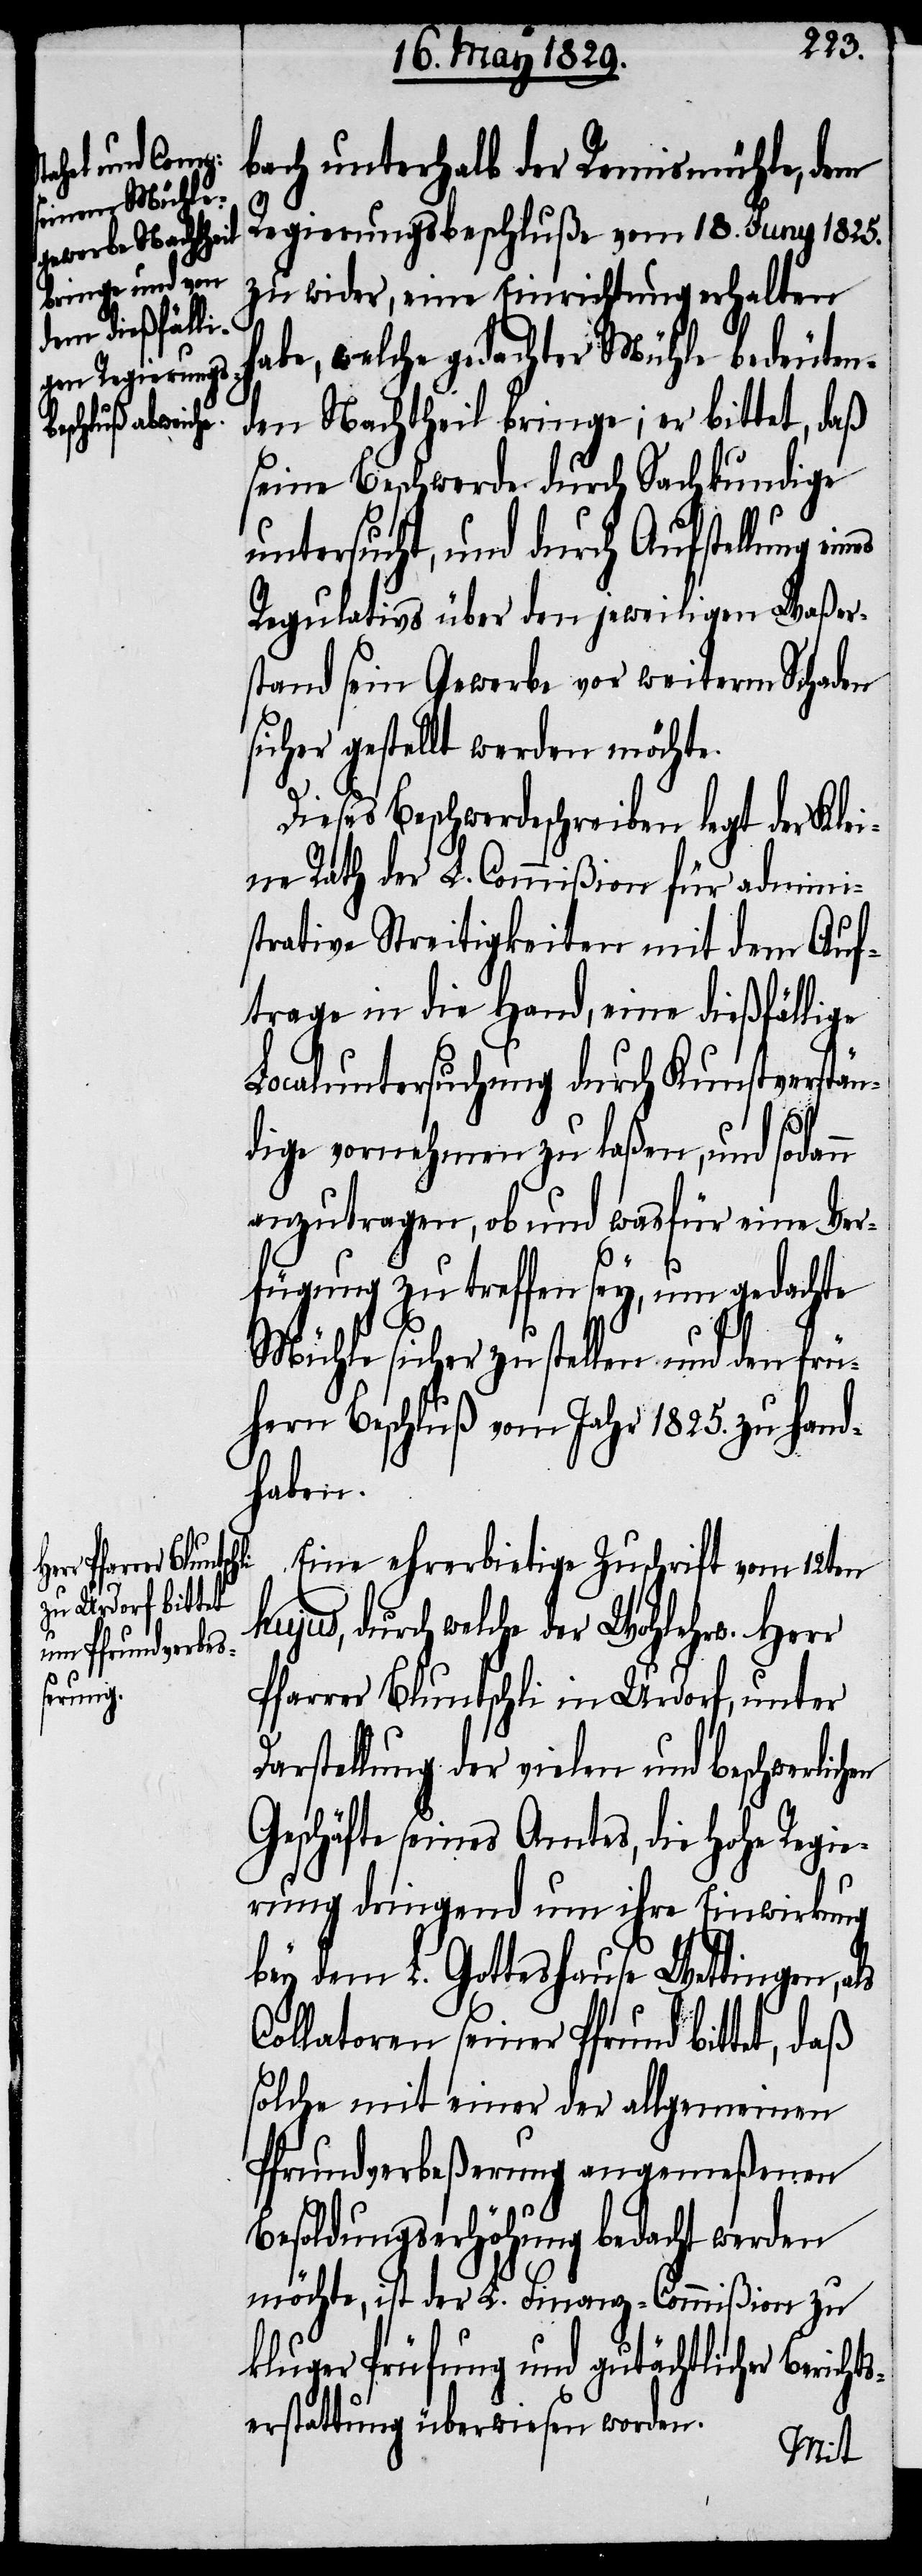
bach unterhalb der Remismühle, dem
Regierungsbeschluß vom 18. Juny 1825.
en
zu wider, eine Einrichtung erhalten
habe, welche gedachter Mühle bedeuten¬
den Nachtheil bringe; er bitte, daß
seine Beschwerde durch Sachkundige
untersucht, und durch Aufstellung
Regulativs über den jeweiligen Waßer¬
stand sein Gewerbe vor weiterm Schaden
sicher gestellt werden möchte.
Dieses Beschwerdeschreiben legt der Klei¬
ne Rath der L. Commißion für admini¬
strative Streitigkeiten mit dem Auf¬
trage in die Hand, eine dießfällige
Localuntersuchung durch Kunstverstän¬
dige vornehmen zu laßen, und sodan¬
anzutragen, ob und wasfür eine Ver¬
fügung zu treffen sey, um gedachte
Mühle sicher zu stellen und den frü¬
hern Beschluß vom Jahr 1825. zu hand¬
haben.
Eine ehrerbietige Zuschrift vom 12ten
hujus, durch welche der Wohlerw. Herr
Pfarrer Bluntschli in Urdorf, unter
Darstellung der vielen und beschwerlich¬
Geschäfte seines Amtes, die Hohe Regie¬
rung dringend um ihre Einwirkung
bey dem L Gotteshause Wettingen, als
Collatoren seiner Pfrund bittet, daß
solche mit einer der allgemeinen
Pfrundverbeßerung angemeßenen
Besoldungserhöhung bedacht werden
möchte, ist der L. Finanz-Commißion zu
kluger Prüfung und gutächtlicher Berich¬
tserstattung überwiesen worden.
n